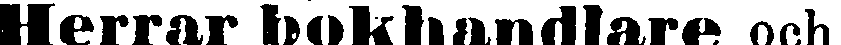
Herrar bokhandlare och